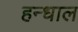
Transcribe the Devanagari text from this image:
हन्धाल